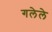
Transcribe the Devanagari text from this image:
गलेले